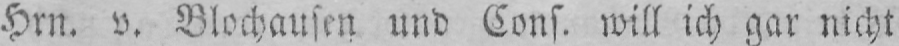
Hrn. v. Blochausen und Cons. will ich gar nicht